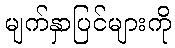
မျက်နှာပြင်များကို